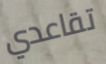
تقاعدي